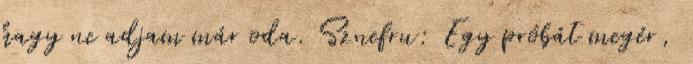
hagy ne adjam már oda. Sznefru: Egy próbát megér,